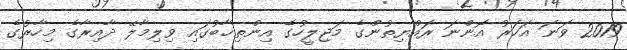
2019 ވަނަ އަހަރު އޮންނަ ރައްޔިތުންގެ މަޖިލީހުގެ އިންތިޚާބުގައި ވިލިމާލޭ ދާއިރާގެ މިހާރުގެ